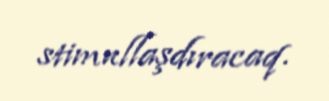
stimullaşdıracaq.